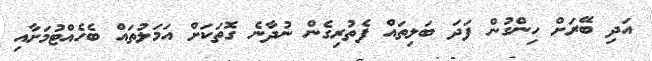
އަދި ބޭރަށް ހިންގުން ފަދަ ބަލިތައް ފެތުރިގެން ނުދާނެ ގޮތަކަށް އަމަލުތައް ބެހެއްޓުމަށާއި